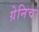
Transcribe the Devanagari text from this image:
ग्रेनिच